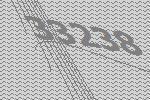
33238